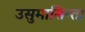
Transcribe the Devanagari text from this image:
उसुमासिन्ता